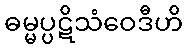
ဓမ္မပ္ပဋိသံဝေဒီဟိ